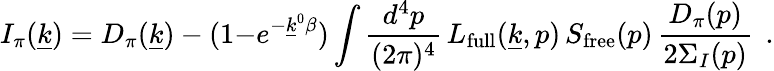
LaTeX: I_{\pi}(\underline{{{k}}})=D_{\pi}(\underline{{{k}}})-(1{-}e^{-\underline{{{k}}}^{0}\beta})\int{\frac{d^{4}p}{(2\pi)^{4}}}\, L_{\mathrm{full}}(\underline{{{k}}},p)\, S_{\mathrm{free}}(p)\, {\frac{D_{\pi}(p)}{2\Sigma_{I}(p)}}\, \; .